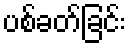
ပစ်ခတ်ခြင်း